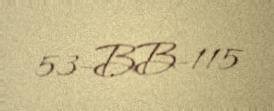
53-BB-115